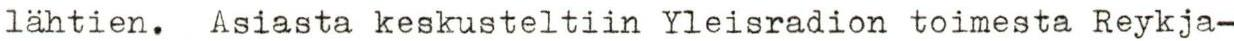
lähtien. Asiasta keskusteltiin Yleisradion toimesta Reykja-